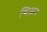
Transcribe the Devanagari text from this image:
थिअन